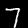
Digit: 7